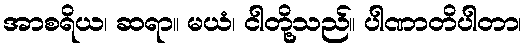
အာစရိယ၊ ဆရာ။ မယံ၊ ငါတို့သည်။ ပါဏာတိပါတာ၊